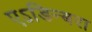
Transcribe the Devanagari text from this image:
एऽडिन्बरा